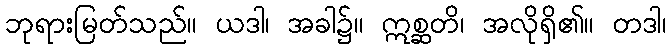
ဘုရားမြတ်သည်။ ယဒါ၊ အခါ၌။ ဣစ္ဆတိ၊ အလိုရှိ၏။ တဒါ၊